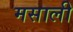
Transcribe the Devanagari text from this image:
मसाली